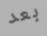
بعد